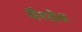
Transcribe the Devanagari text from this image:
वैरदेव